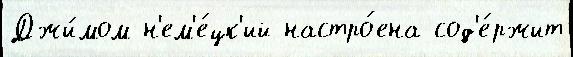
Джи́мом н'ем'е́цк'ий настро́ена сод'е́ржит